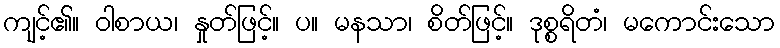
ကျင့်၏။ ဝါစာယ၊ နှုတ်ဖြင့်။ ပ။ မနသာ၊ စိတ်ဖြင့်။ ဒုစ္စရိတံ၊ မကောင်းသော